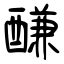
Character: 𨢑